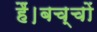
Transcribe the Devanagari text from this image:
हैं।बच्चों